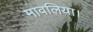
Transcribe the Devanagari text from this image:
मावलिया।